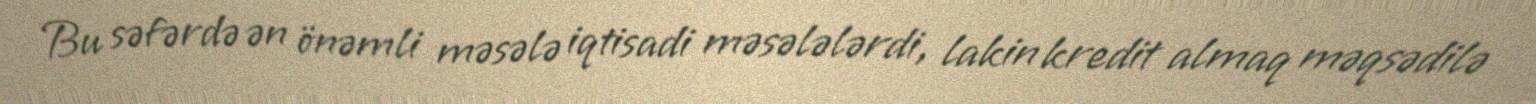
Bu səfərdə ən önəmli məsələ iqtisadi məsələlərdi, lakin kredit almaq məqsədilə